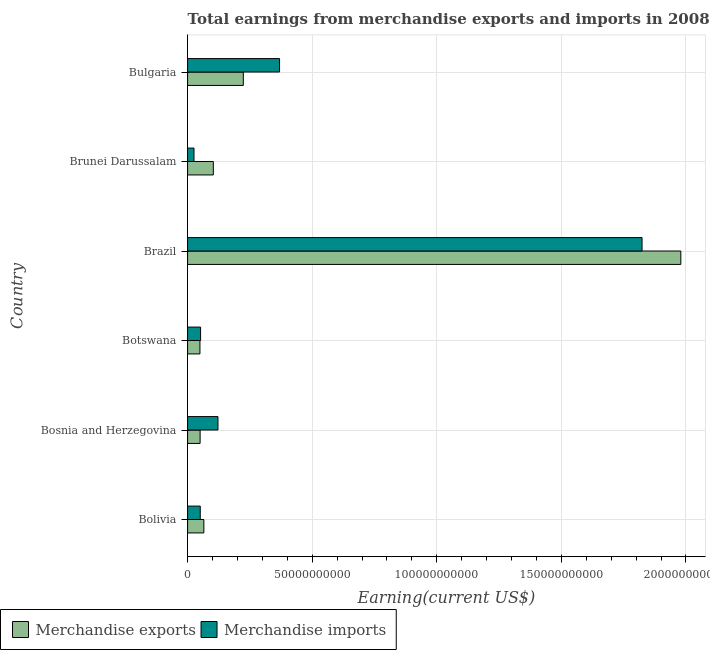
| Country | Merchandise exports | Merchandise imports |
 | --- | --- | --- |
 | Bolivia | 6.53e+09 | 5.08e+09 |
 | Bosnia and Herzegovina | 5.02e+09 | 1.22e+10 |
 | Botswana | 4.95e+09 | 5.21e+09 |
 | Brazil | 1.98e+11 | 1.82e+11 |
 | Brunei Darussalam | 1.03e+10 | 2.57e+09 |
 | Bulgaria | 2.24e+10 | 3.69e+10 |